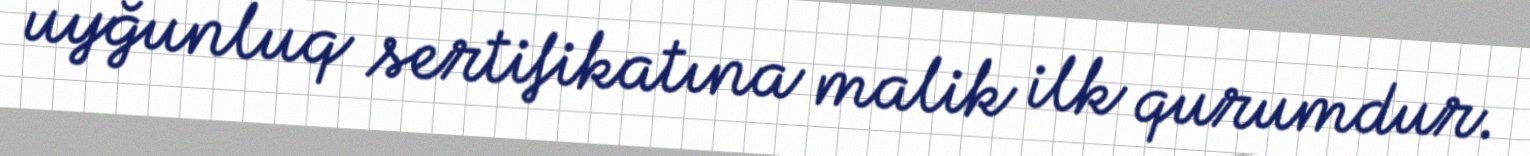
uyğunluq sertifikatına malik ilk qurumdur.